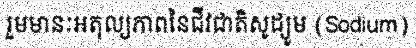
រួមមានៈអតុល្យភាពនៃជីវជាតិសូដ្យូម (Sodium)